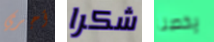
أجري شكرا يخصنا